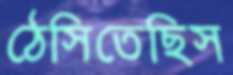
ঠেসিতেছিস